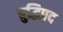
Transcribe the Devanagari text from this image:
बुद्धिप्रद